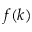
f ( k )